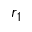
r _ { 1 }